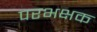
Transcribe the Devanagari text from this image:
परभक्षक